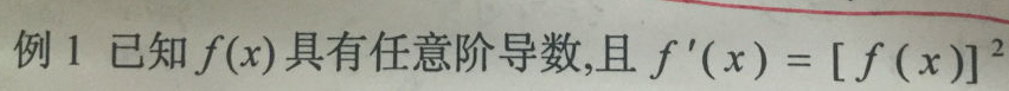
例 1 已知 \(f(x)\) 具有任意阶导数,且 \(f^{\prime}(x)=[f(x)]^{2}\)